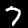
Digit: 7